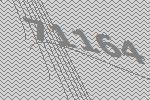
71164